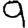
Digit: 9